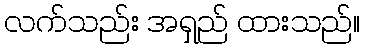
လက်သည်း အရှည် ထားသည်။